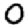
Digit: 0